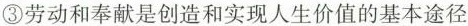
③劳动和奉献是创造和实现人生价值的基本途径